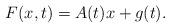
LaTeX: \begin{align*}F(x,t)=A(t)x+g(t).\end{align*}